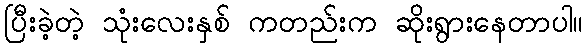
ပြီးခဲ့တဲ့ သုံးလေးနှစ် ကတည်းက ဆိုးရွားနေတာပါ။